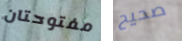
مفتوحتان صحيح